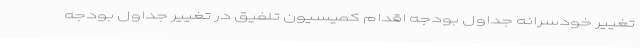
تغییر خودسرانه جداول بودجه اقدام کمیسیون تلفیق در تغییر جداول بودجه